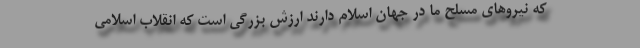
که نیروهای مسلح ما در جهان اسلام دارند ارزش بزرگی است که انقلاب اسلامی